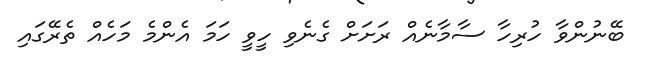
ބޭނުންވާ ހުރިހާ ސާމާނެއް ރަށަށް ގެނެވި ހީވީ ހަމަ އެންމެ މަހެއް ތެރޭގައި